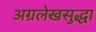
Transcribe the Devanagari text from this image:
अग्रलेखसुद्धा